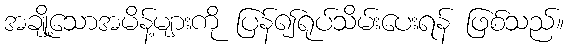
အချို့သောအမိန့်များကို ပြန်၍ရုပ်သိမ်းပေးရန် ဖြစ်သည်။